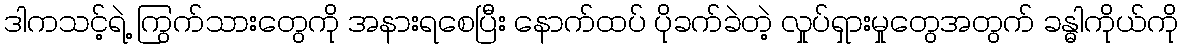
ဒါကသင့်ရဲ့ ကြွက်သားတွေကို အနားရစေပြီး နောက်ထပ် ပိုခက်ခဲတဲ့ လှုပ်ရှားမှုတွေအတွက် ခန္ဓါကိုယ်ကို